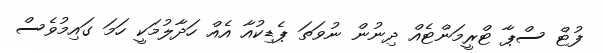
ފުޓް ސްޕާ ޓްރީމަންޓެއް ދިނުން ނުވަތަ ޕެޑިކުއާ އެއް ހަދާލުމަކީ ހަމަ ގައިމުވެސް